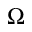
\Omega